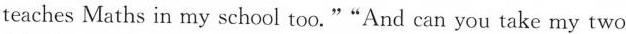
teaches Maths in my school too.""And can you take my two